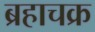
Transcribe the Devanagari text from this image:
ब्रहाचक्र